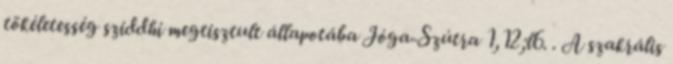
tökéletesség sziddhi megtisztult állapotába Jóga-Szútra 1,12;l6. . A szakrális